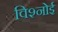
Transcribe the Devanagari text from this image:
विश्‍नोई